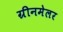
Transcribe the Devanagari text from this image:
ग्रीनमेलर